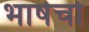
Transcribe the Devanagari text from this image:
भाषेचो